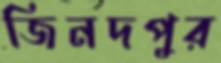
জিনদপুর